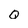
Character: Q